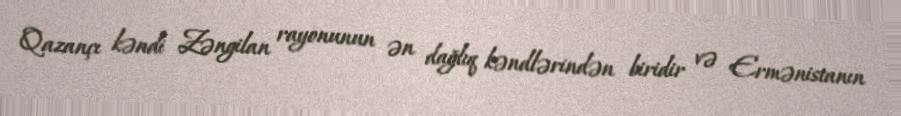
Qazançı kəndi Zəngilan rayonunun ən dağlıq kəndlərindən biridir və Ermənistanın